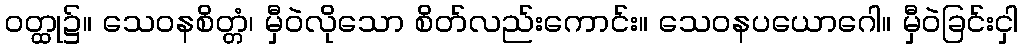
ဝတ္ထု၌။ သေဝနစိတ္တံ၊ မှီဝဲလိုသော စိတ်လည်းကောင်း။ သေဝနပယောဂေါ။ မှီဝဲခြင်းငှါ